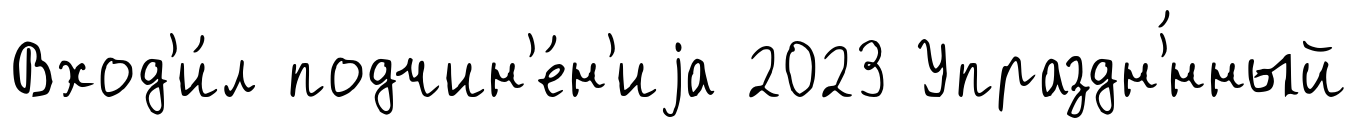
Вход'и́л подчин'е́н'иjа 2023 Упраздн'́нный